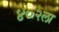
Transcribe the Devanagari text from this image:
४०२ला